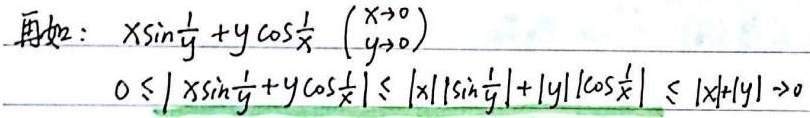
再如：\(x\sin\frac{1}{y} + y\cos\frac{1}{x}\quad\begin{pmatrix}x\to 0\\y\to 0\end{pmatrix}\)
\[
0 \leq \left|x\sin\frac{1}{y}+y\cos\frac{1}{x}\right| \leq |x|\left|\sin\frac{1}{y}\right|+|y|\left|\cos\frac{1}{x}\right| \leq |x| + |y| \to 0
\]